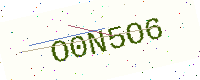
Text: O0N5O6